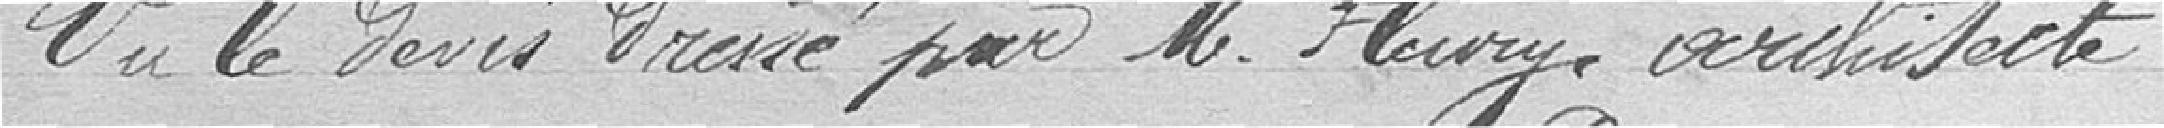
Vu le devis dressé par Monsieur FLEURY, architecte,